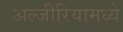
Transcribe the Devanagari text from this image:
अल्जीरियामध्ये